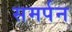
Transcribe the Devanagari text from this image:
समर्पन